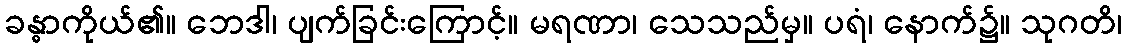
ခန္ဓာကိုယ်၏။ ဘေဒါ၊ ပျက်ခြင်းကြောင့်။ မရဏာ၊ သေသည်မှ။ ပရံ၊ နောက်၌။ သုဂတိ၊